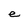
Character: e